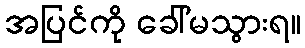
အပြင်ကို ခေါ်မသွားရ။